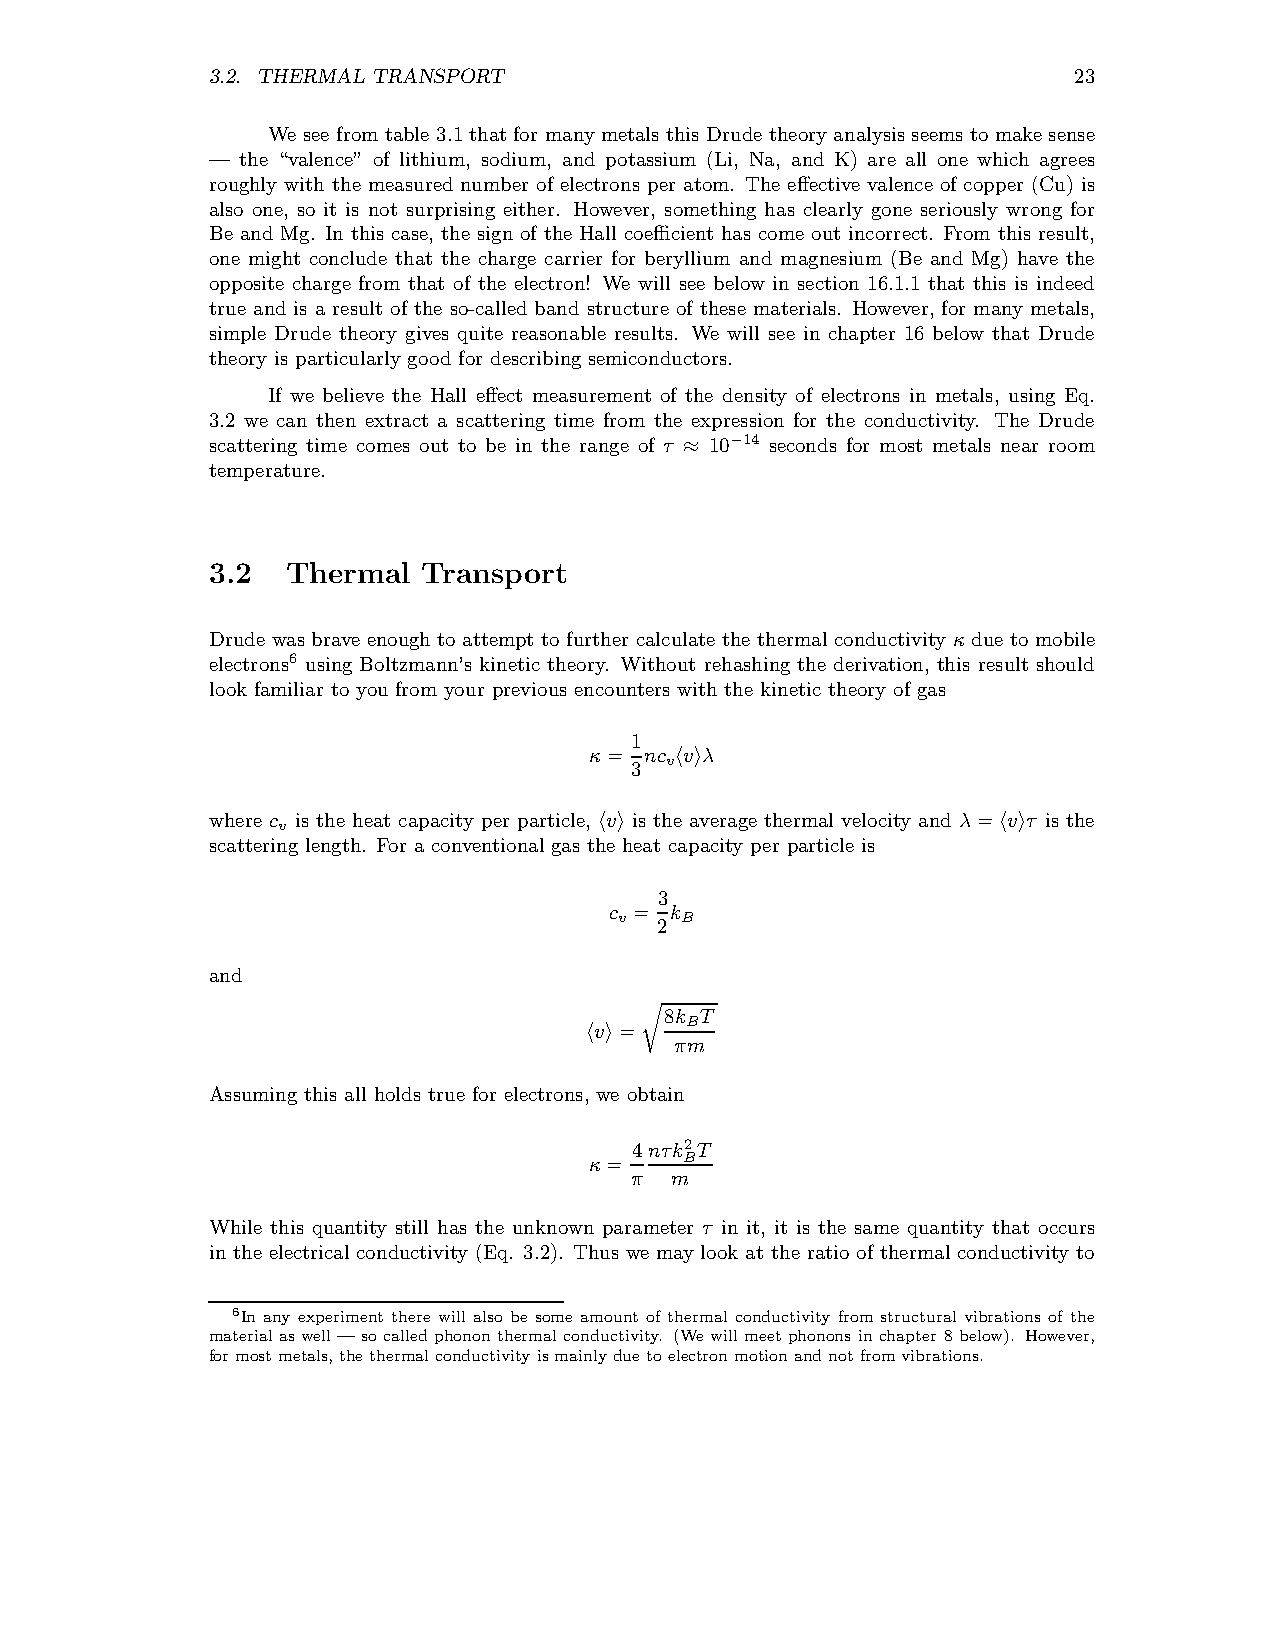
3.2. THERMAL TRANSPORT                                   23
 We see fromtable 3.1that for many metals this Drude theory analysis seems to make sense
 — the “valence” of lithium, sodium, and potassium (Li, Na, and K) are all one which agrees
 roughly with the measured number of electrons per atom. The effective valence of copper (Cu) is
 also one, so it is not surprising either. However, something has clearly gone seriously wrong for
 Be and Mg. In this case, the sign of the Hall coefficient has come out incorrect. From this result,
 one might conclude that the charge carrier for beryllium and magnesium (Be and Mg) have the
 opposite charge from that of the electron! We will see below in section 16.1.1 that this is indeed
 true and is a result of the so-called band structure of these materials. However, for many metals,
 simple Drude theory gives quite reasonable results. We will see in chapter 16 below that Drude
 theory is particularly good for describing semiconductors.
 If we believe the Hall effect measurement of the density of electrons in metals, using Eq.
 3.2 we can then extract a scattering time from the expression for the conductivity. The Drude
 scattering time comes out to be in the range of τ 10−14 seconds for most metals near room
 ≈
 temperature.
 3.2  Thermal  Transport
 Drude was braveenoughto attempt to further calculate the thermalconductivity κ due to mobile
 electrons6 using Boltzmann’s kinetic theory. Without rehashing the derivation, this result should
 look familiar to you from your previous encounters with the kinetic theory of gas
 1
 κ=  nc v λ
 v
 3  h i
 where c is the heat capacity per particle, v is the average thermal velocity and λ= v τ is the
 v
 h i                       h i
 scattering length. For a conventional gas the heat capacity per particle is
 3
 c = k
 v   B
 2
 and
 8k T
 B
 v =
 h i   πm
 r
 Assuming this all holds true for electrons, we obtain
 4nτk2T
 κ=    B
 π m
 While this quantity still has the unknown parameter τ in it, it is the same quantity that occurs
 in the electrical conductivity (Eq. 3.2). Thus we may look at the ratio of thermal conductivity to
 6In any experiment there will also be some amount of thermal conductivity from structural vibrations of the
 material as well — so called phonon thermal conductivity. (We will meet phonons in chapter 8 below). However,
 formostmetals,thethermalconductivity ismainlyduetoelectronmotionandnotfromvibrations.